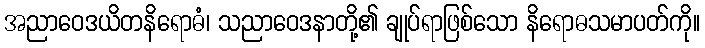
အညာဝေဒယိတနိရောဓံ၊ သညာဝေဒနာတို့၏ ချုပ်ရာဖြစ်သော နိရောဓသမာပတ်ကို။